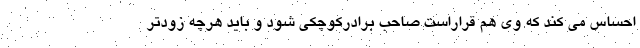
احساس می کند که وی هم قراراست صاحب برادرکوچکی شود و باید هرچه زودتر